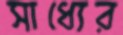
সাধ্যের